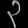
Digit: ၃